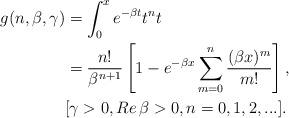
LaTeX: \begin{align*} g(n,\beta,\gamma)&=\int_0^x e^{-\beta t}t^nt\\& =\frac{n!}{\beta ^{n+1}}\left[ 1-e^{-\beta x}\sum_{m=0}^n \frac{(\beta x)^m}{m!}\right] ,\\&[\gamma>0,Re\,\beta >0,n=0,1,2,...]. \end{align*}